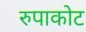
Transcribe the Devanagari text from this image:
रुपाकोट